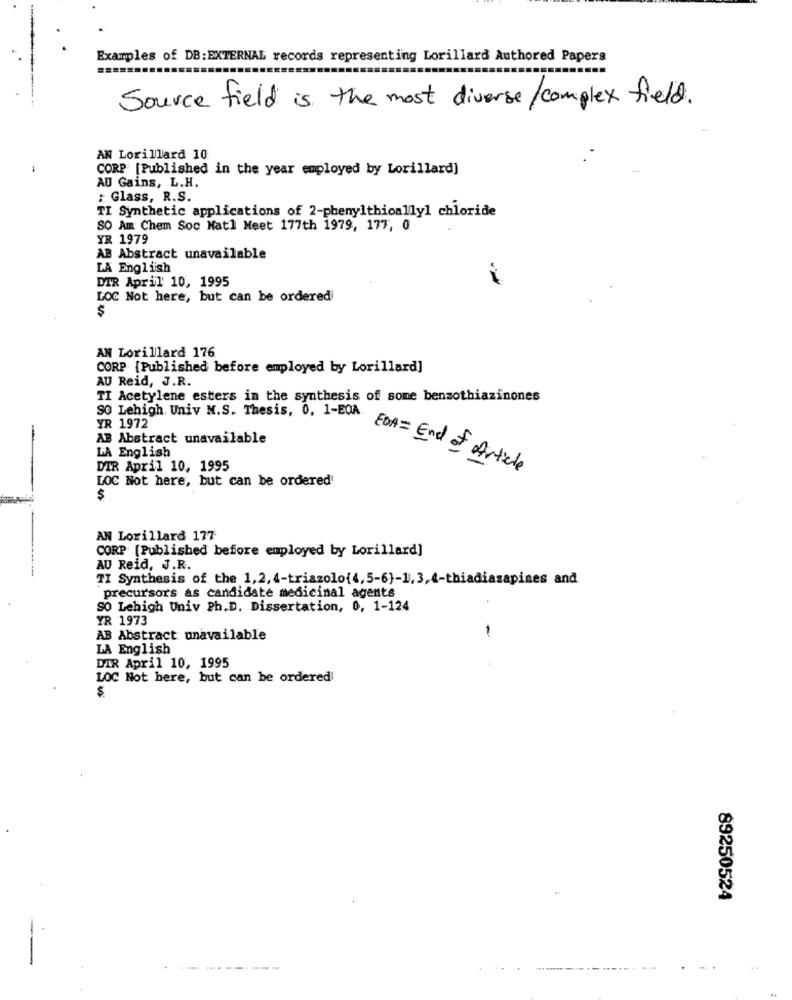
Examples of DB:EXTERNAL records representing Lorillard Authored Papers
Source field is the most diverse/complex field.
AN Lorillard 10
CORP [Published in the year employed by Lorillard]
AU Gains, L.H.
: Glass, R.S.
TI Synthetic applications of 2-phenylthioally1 chloride
SO Am Chem Soc Natl Meet 177th 1979, 177, 0
YR 1979
AB Abstract unavailable
LA English
DIR April 10, 1995
LOC Not here, but can be ordered
$
AN Lorillard 176
CORP [Published before employed by Lorillard]
AU Reid, J.R.
TI Acetylene esters in the synthesis of some benzothiazinones
SO Lehigh. Univ M.S. Thesis, 0, 1-EQA.
YR 1972
AB Abstract unavailable
LA English
DIR April 10, 1995
EDA = End of Article
LOC Not here, but can be ordered'
$
AN Lorillard 177
CORP [Published before employed by Lorillard]
AU Reid, J.R.
TI Synthesis of the 1,2,4-triazolo(4, 5-6}-1, 3,4-thiadiazapines and
precursors as candidate medicinal agents
SO Lehigh Univ Ph.D. Dissertation, 0, 1-124
YR 1973
AB Abstract unavailable
LA English
DIR April 10, 1995
LOC Not here, but can be ordered
$
89250524
------